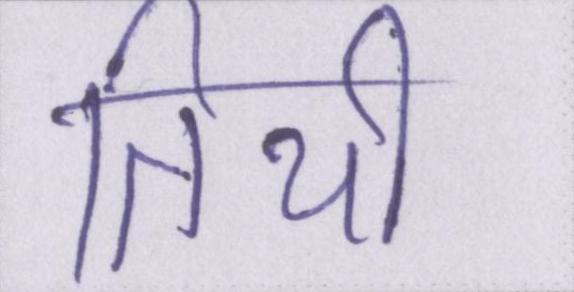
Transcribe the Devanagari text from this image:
तिथी